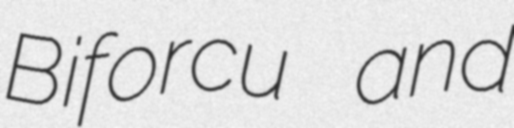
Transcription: Biforcu and